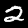
Label: 2